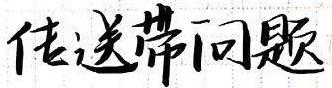
传送带问题